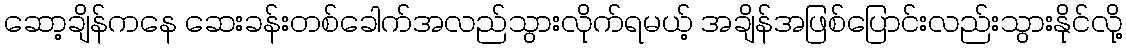
ဆော့ချိန်ကနေ ဆေးခန်းတစ်ခေါက်အလည်သွားလိုက်ရမယ့် အချိန်အဖြစ်ပြောင်းလည်းသွားနိုင်လို့